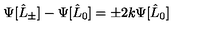
\Psi [ \hat { L } _ { \pm } ] - \Psi [ \hat { L } _ { 0 } ] = \pm 2 k \Psi [ \hat { L } _ { 0 } ]